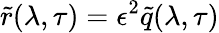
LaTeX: \tilde{r}(\lambda,\tau)=\epsilon^{2}\tilde{q}(\lambda,\tau)